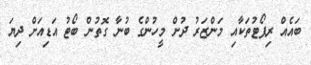
ބައެއް ރިޕޯޓުތަކާއި މަންޒަރު ދުށް މީހުންގެ ބުނާ ގޮތުން ބޯޓު އަޑިއަށް ދިޔަ